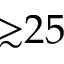
{ \gtrsim } 2 5